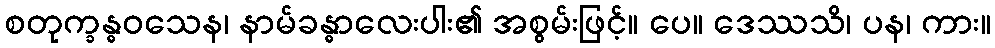
စတုက္ခန္ဓဝသေန၊ နာမ်ခန္ဓာလေးပါး၏ အစွမ်းဖြင့်။ ပေ။ ဒေဿသိ၊ ပန၊ ကား။